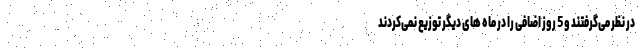
در نظر می‌گرفتند و 5 روز اضافی را در ماه های دیگر توزیع نمی‌کردند